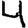
Digit: 4